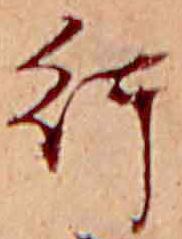
行